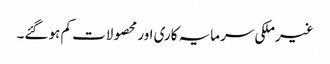
غیرملکی سرمایہ کاری اور محصولات کم ہو گئے۔